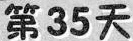
第35天